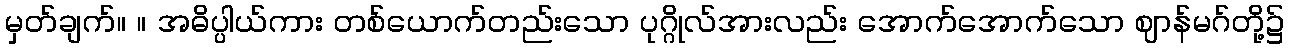
မှတ်ချက်။ ။ အဓိပ္ပါယ်ကား တစ်ယောက်တည်းသော ပုဂ္ဂိုလ်အားလည်း အောက်အောက်သော ဈာန်မဂ်တို့၌